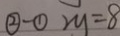
\textcircled { 2 } - \textcircled { 1 } 2 y = 8